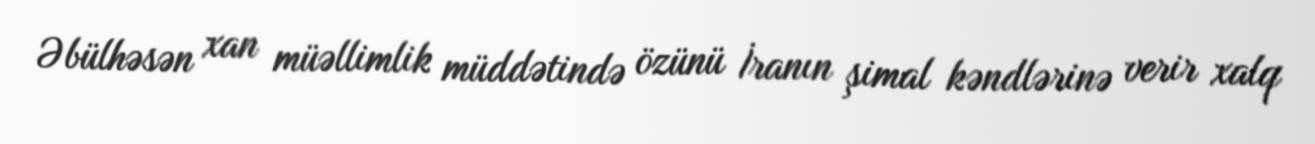
Əbülhəsən xan müəllimlik müddətində özünü İranın şimal kəndlərinə verir xalq